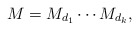
\begin{align*}M = M_{d_1}\cdots M_{d_k},\end{align*}